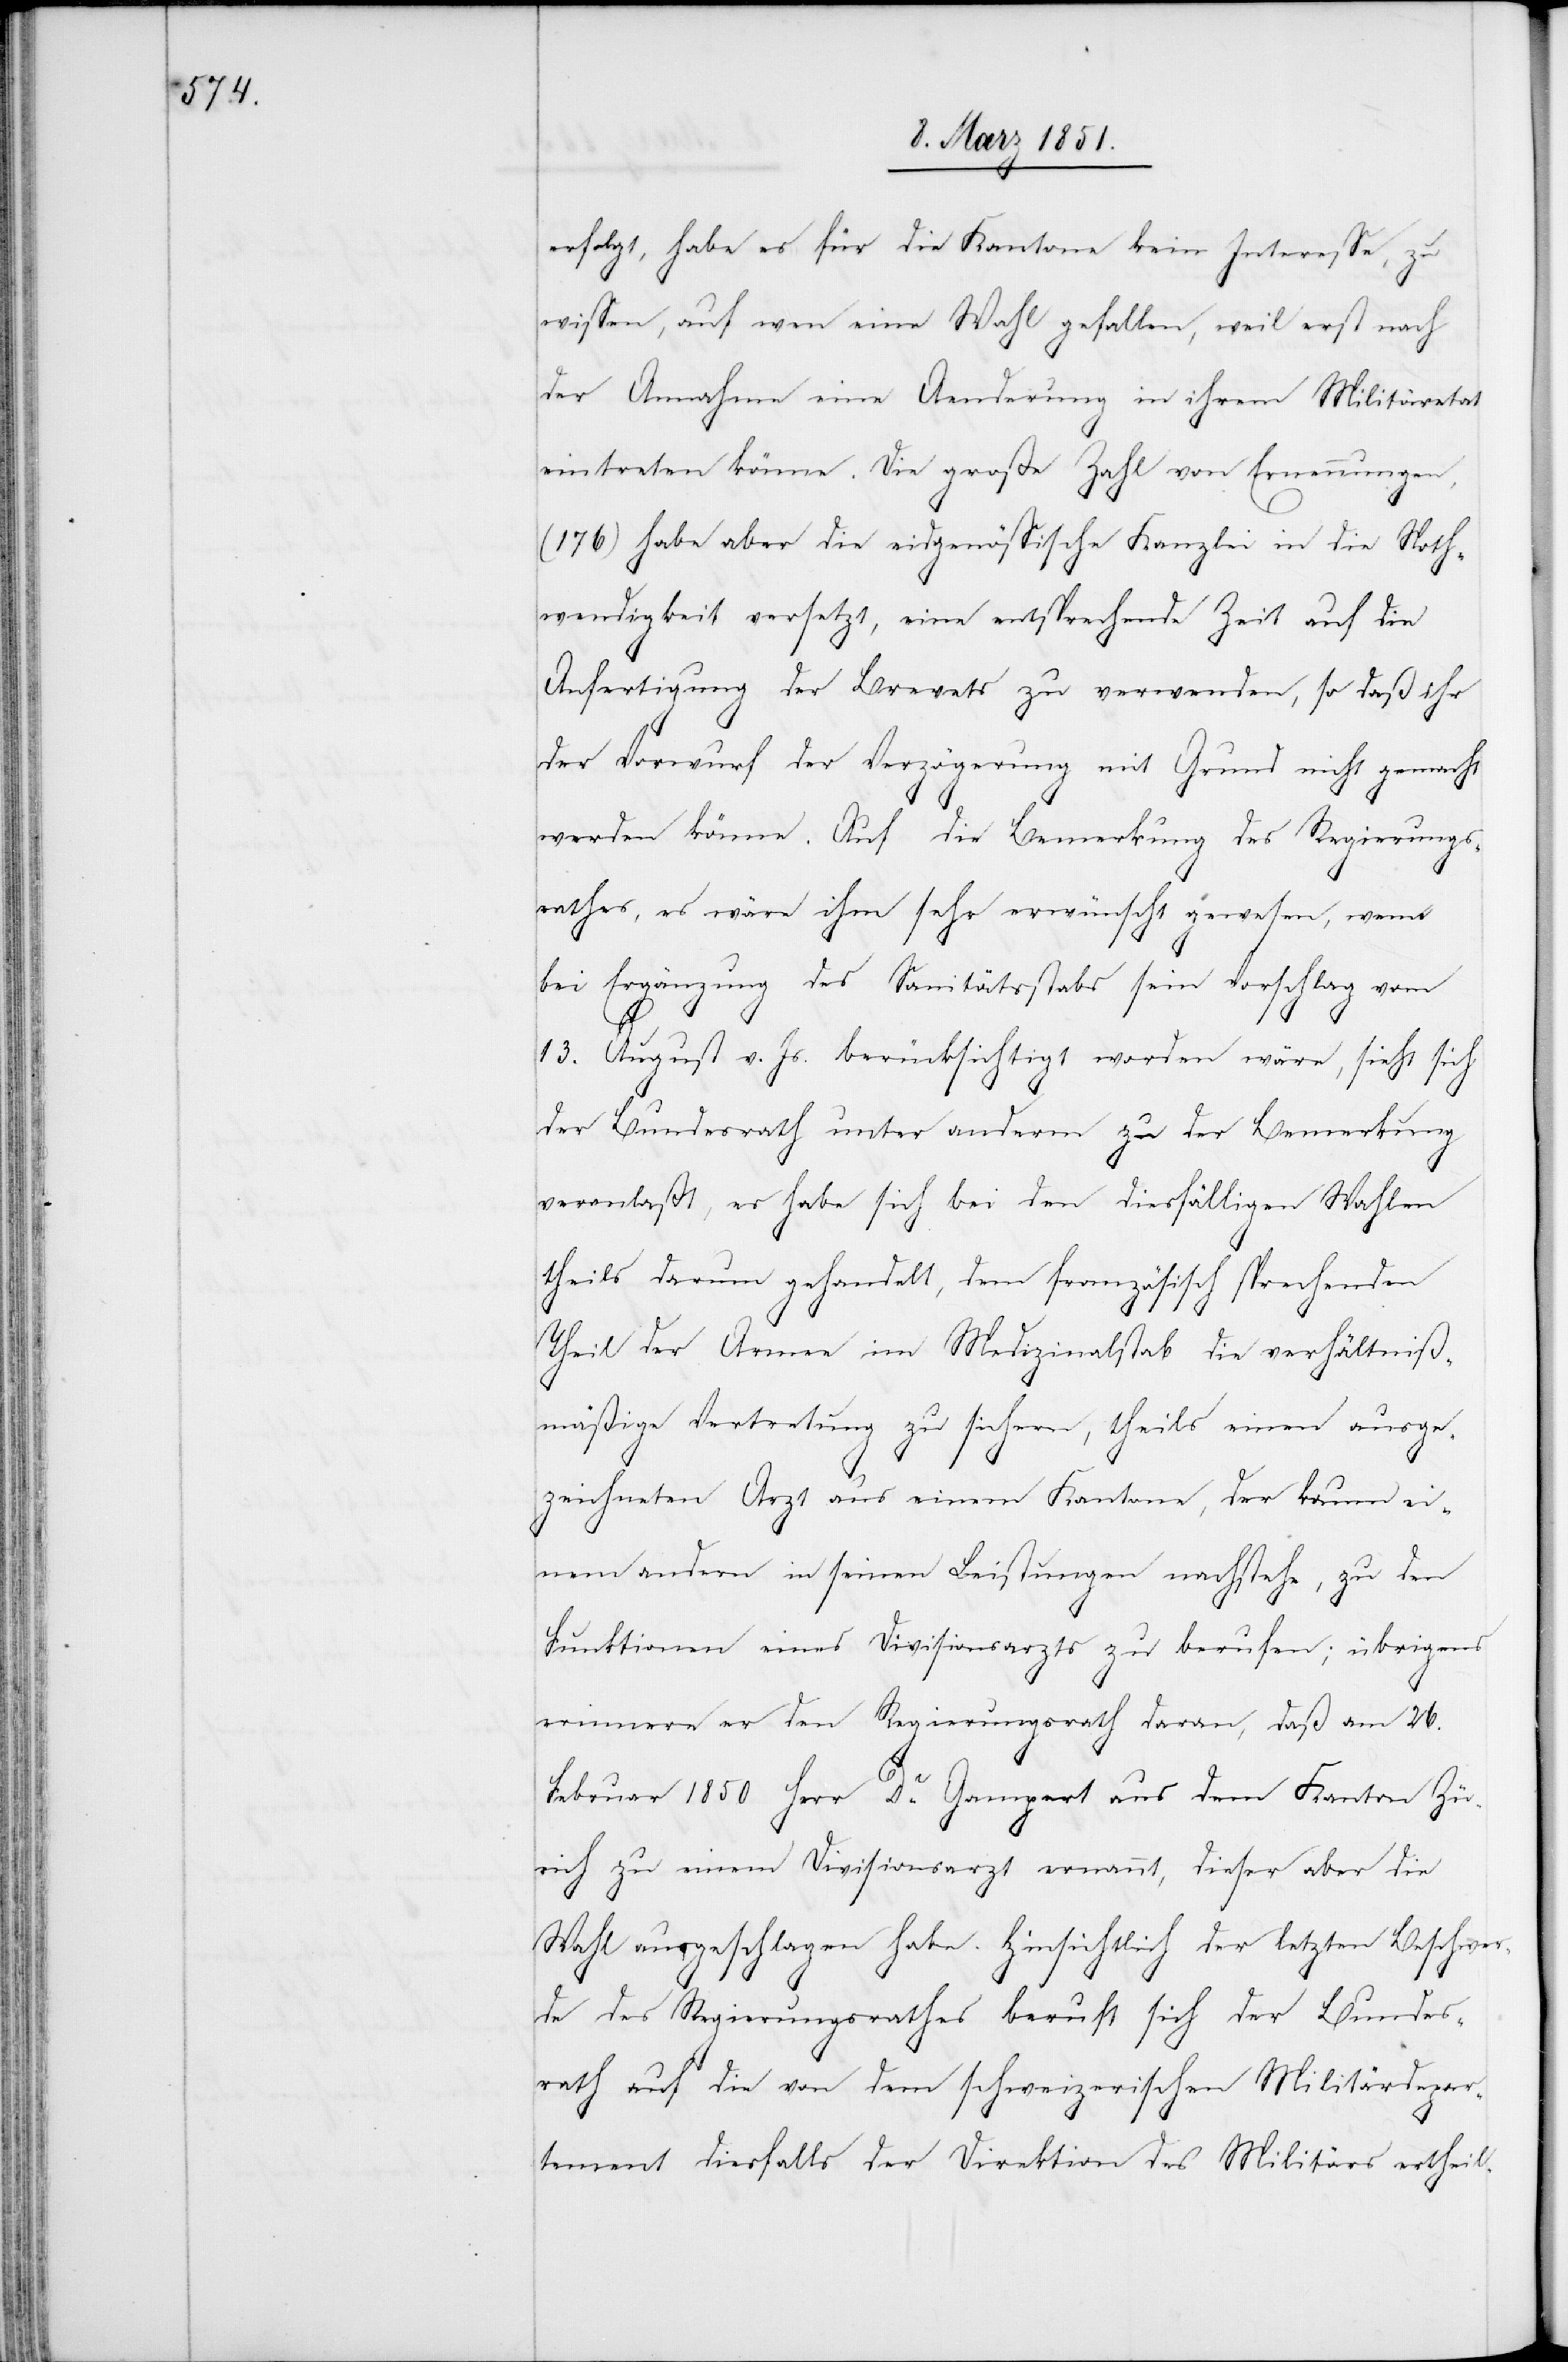
erfolgt, habe es für die Kantone kein Interesse, zu
wissen, auf wen eine Wahl gefallen, weil erst nach
der Annahme eine Aenderung in ihrem Militäretat
eintreten könne. Die große Zahl von Ernennungen,
(176) habe aber die eidgenössische Kanzlei in die Noth¬
wendigkeit versetzt, eine entsprechende Zeit auf die
Anfertigung der Brevets zu verwenden, so daß ihr
der Vorwurf der Verzögerung mit Grund nicht gemacht
werden könne. Auf die Bemerkung des Regierungs¬
rathes, es wäre ihm sehr erwünscht gewesen, wenn
bei Ergänzung des Sanitätsstabs sein Vorschlag vom
13. August v. Js. berücksichtigt worden wäre, sieht sich
der Bundesrath unter anderm zu der Bemerkung
veranlaßt, es habe sich bei den diesfälligen Wahlen
theils darum gehandelt, dem französisch sprechenden
Theil der Armee im Medizinalstab die verhältniß¬
mäßige Vertretung zu sichern, theils einen ausge¬
zeichneten Arzt aus einem Kantone, der kaum ei¬
nem andern in seinen Leistungen nachstehe, zu den
Funktionen eines Divisionsarzts zu berufen; übrigens
erinnere er den Regierungsrath daran, daß am 26.
Februar 1850 Herr Dr. Gampert aus dem Kanton Zü¬
rich zu einem Divisionsarzt ernannt, dieser aber die
Wahl ausgeschlagen habe. Hinsichtlich der letzten Beschwer¬
de des Regierungsrathes beruft sich der Bundes¬
rath auf die von dem schweizerischen Militärdepar¬
tement diesfalls der Direktion des Militärs ertheil-